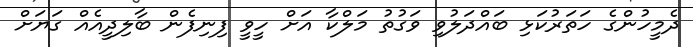
ދެމީހުންގެ ހަތަރުކަޅި ބައްދަލުވި ވަގުތު މަލްކާ އަށް ހީވީ ފިނިފެން ބާލިދީއެއް ގަޔަށް